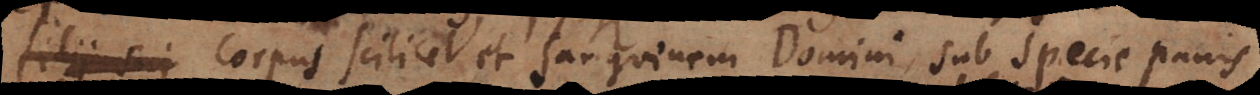
s corpus scilicet et sanguinem Domini, sub specie panis